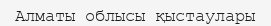
Алматы облысы қыстаулары